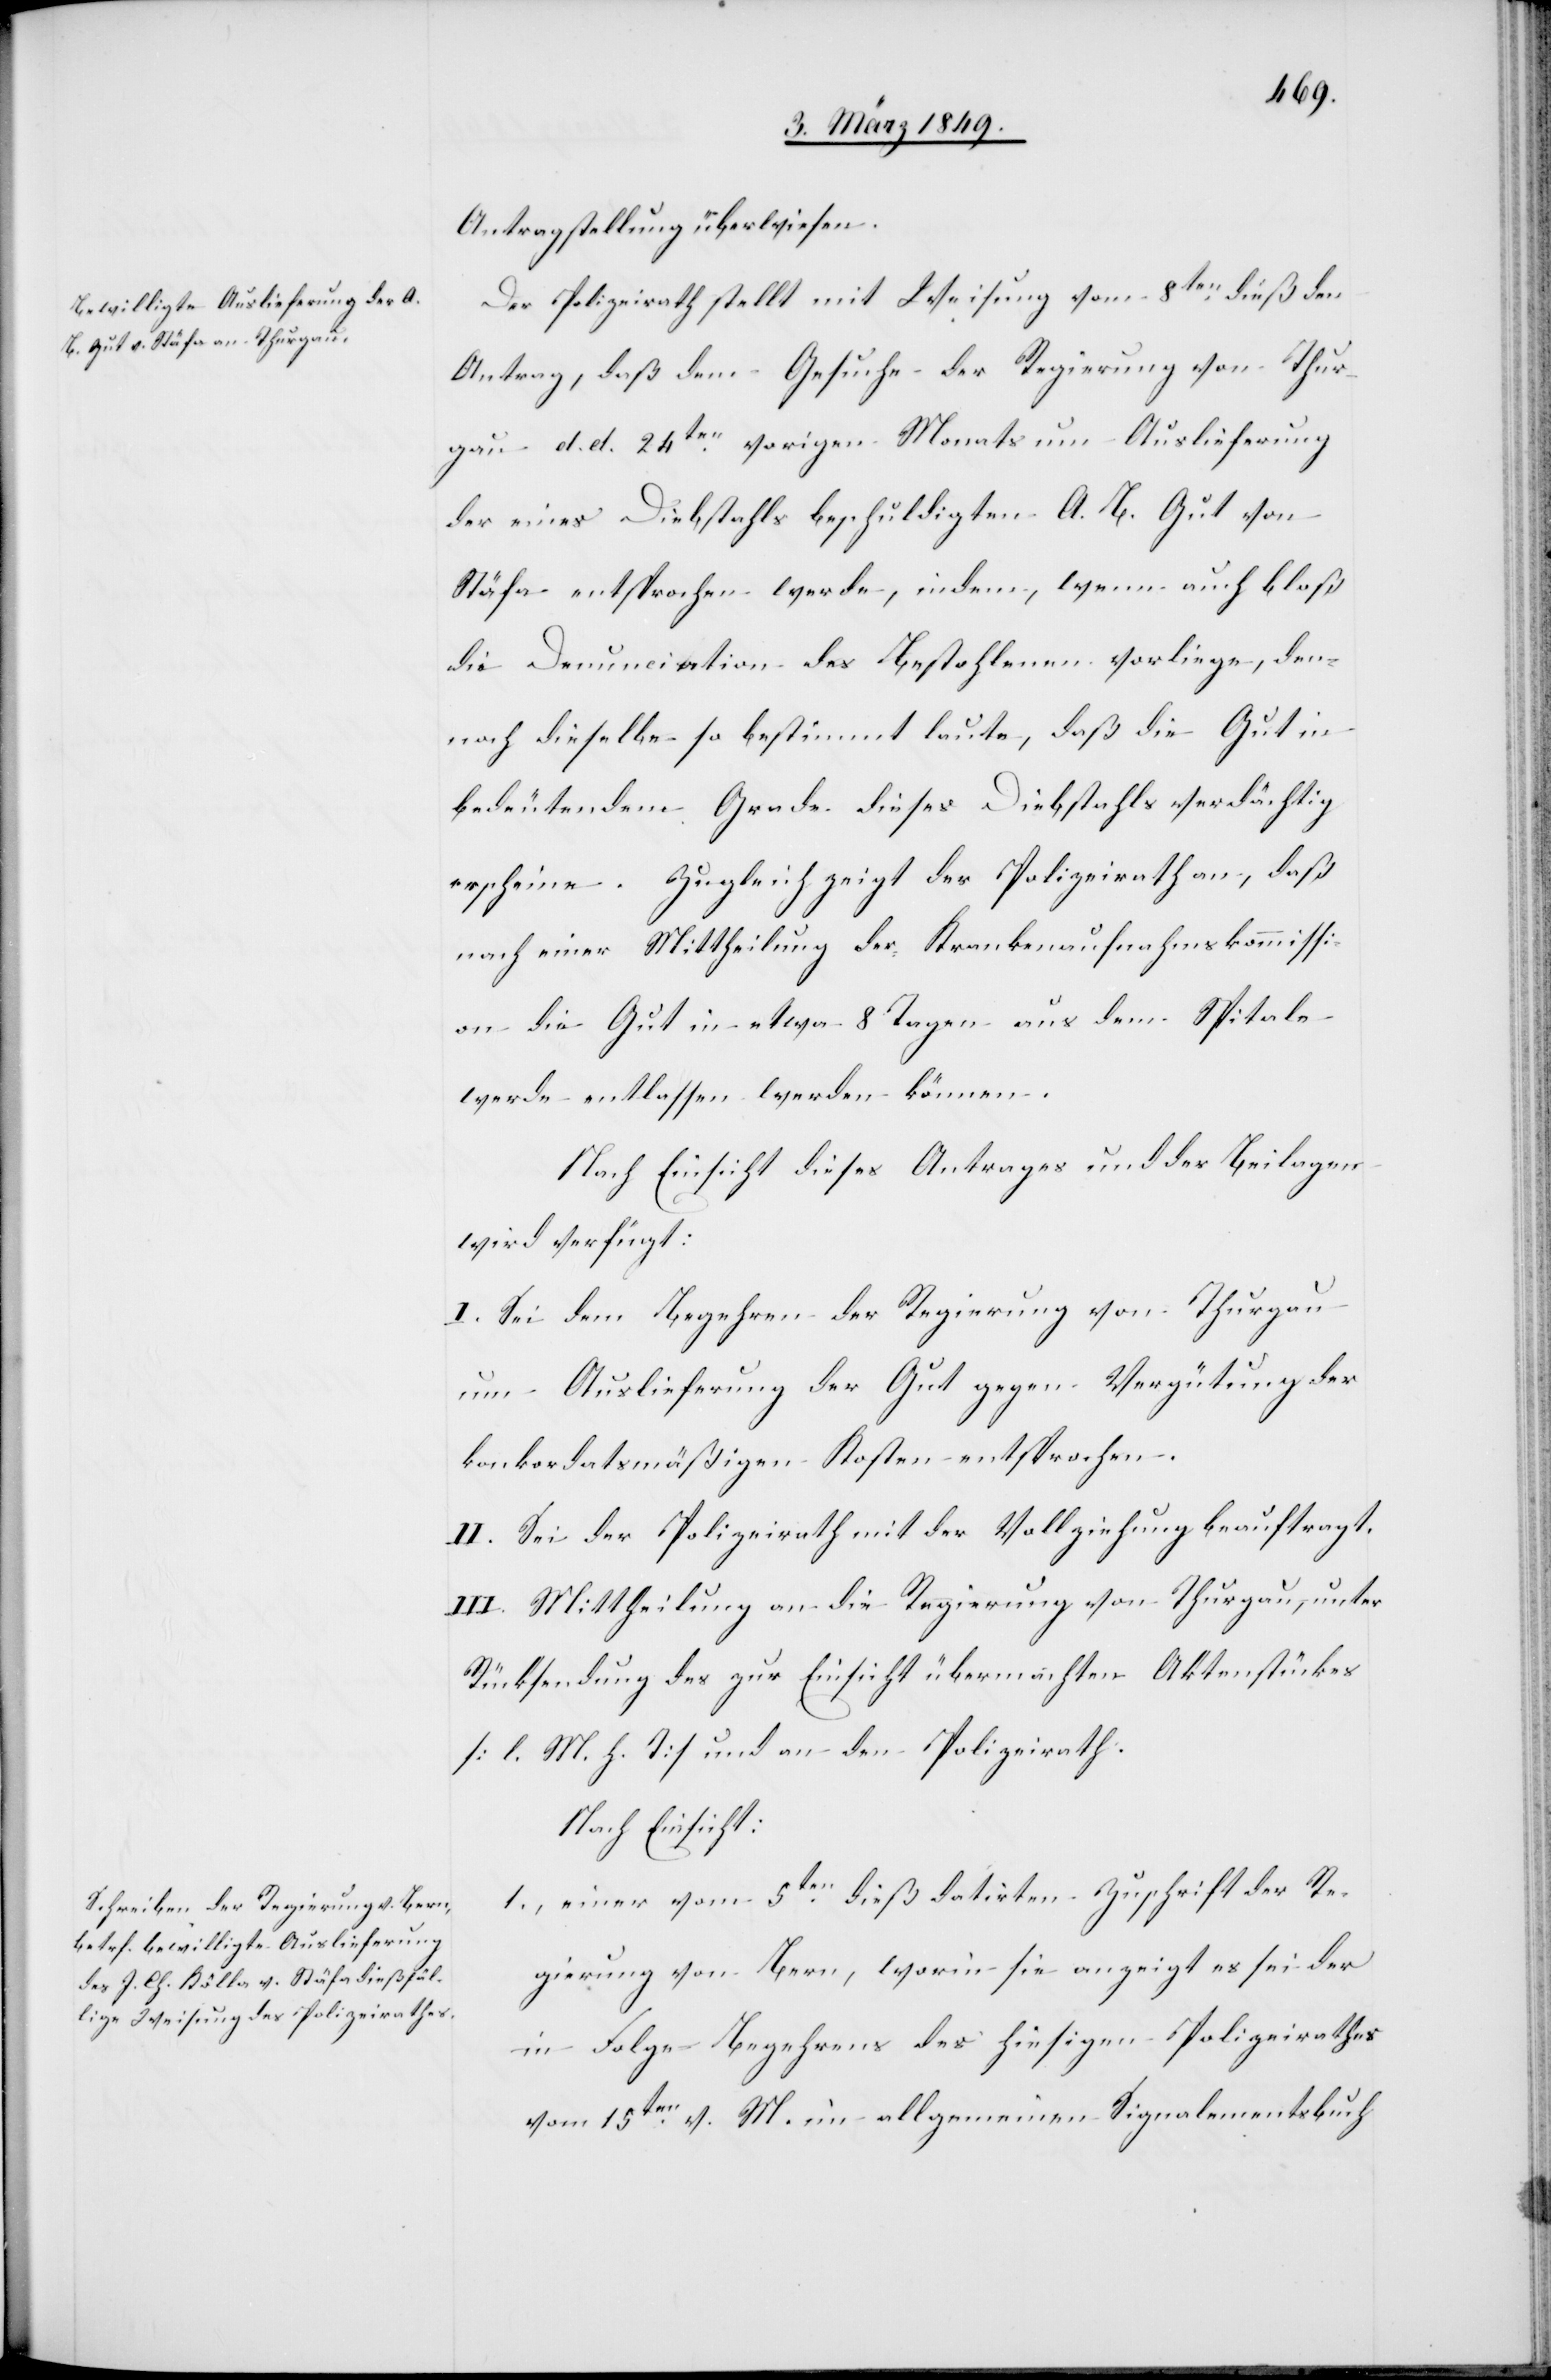
9. März 1849.]
Antragstellung überwiesen.
Der Polizeirath stellt mit Weisung vom 8ten. dieß den
Antrag, daß dem Gesuche der Regierung von Thur¬
gau d. d. 24ten. vorigen Monats um Auslieferung
der eines Diebstahls beschuldigten A. B. Gut von
Stäfa entsprochen werde, indem, wenn auch bloß
die Denunciation des Bestohlenen vorliege, den¬
noch dieselbe so bestimmt laute, daß die Gut in
bedeutendem Grade dieses Diebstahls verdächtig
erscheine. Zugleich zeigt der Polizeirath an, daß
nach einer Mittheilung der Krankenaufnahmskommissi¬
on die Gut in etwa 8 Tagen aus dem Spitale
werde entlassen werden können.
Nach Einsicht dieses Antrages und der Beilagen
wird verfügt:
I. Sei dem Begehren der Regierung von Thurgau
um Auslieferung der Gut gegen Vergütung der
konkordatsmäßigen Kosten entsprochen.
II. Sei der Polizeirath mit der Vollziehung beauftragt.
III. Mittheilung an die Regierung von Thurgau, unter
Rücksendung des zur Einsicht übermachten Aktenstückes
[l. M. h. T] und an den Polizeirath.
Nach Einsicht:
1., einer vom 5ten. dieß datirten Zuschrift der Re¬
gierung von Bern, worin sie anzeigt es sei der
in Folge Begehrens des hiesigen Polizeirathes
vom 15ten. v. M. im allgemeinen Signalementsbuch